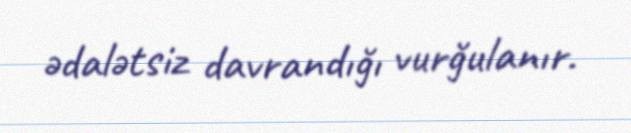
ədalətsiz davrandığı vurğulanır.